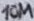
Text: 10M